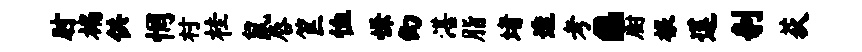
肘褊供惘村桂鼠唇筐恤慊幻湛脂堵透考a厨根莲剞荻